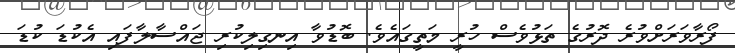
ފޯރާވަރަށްވުރެ ދޮރުގެ ތަޅުވެސް ހުރީ މަތީގައެވެ. ބޮޑުވާ އިނގިލިކުރި ޖައްސާލާފައި އެކުޑަ ކުޑަ